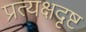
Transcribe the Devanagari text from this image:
प्रत्यक्षदृष्ट